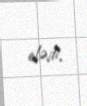
elədi.